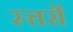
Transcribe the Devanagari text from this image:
स्त्तरों